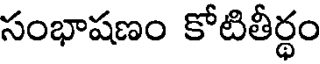
సంభాషణం కోటితీర్థం